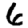
Digit: 6